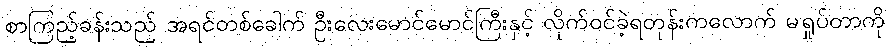
စာကြည့်ခန်းသည် အရင်တစ်ခေါက် ဦးလေးမောင်မောင်ကြီးနှင့် လိုက်ဝင်ခဲ့ရတုန်းကလောက် မရှုပ်တာကို